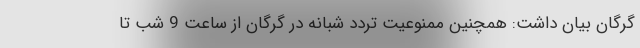
گرگان بیان داشت: همچنین ممنوعیت تردد شبانه در گرگان از ساعت 9 شب تا